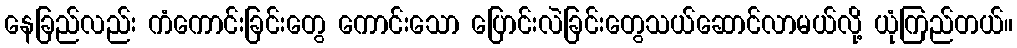
နေခြည်လည်း ကံကောင်းခြင်းတွေ ကောင်းသော ပြောင်းလဲခြင်းတွေသယ်ဆောင်လာမယ်လို့ ယုံကြည်တယ်။